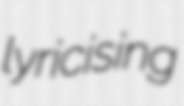
lyricising